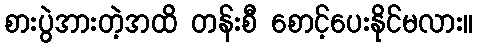
စားပွဲအားတဲ့အထိ တန်းစီ စောင့်ပေးနိုင်မလား။